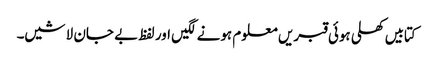
کتابیں کھلی ہوئی قبریں معلوم ہونے لگیں اور لفظ بے جان لاشیں۔